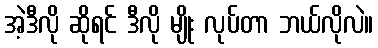
အဲ့ဒီလို ဆိုရင် ဒီလို မျိုး လုပ်တာ ဘယ်လိုလဲ။